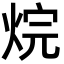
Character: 烷